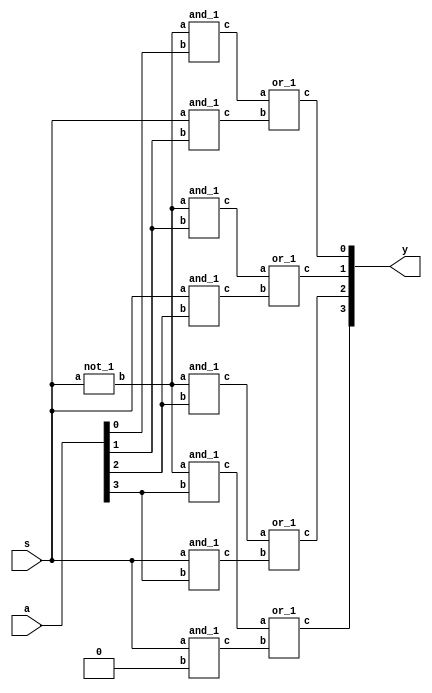
`timescale 1ns / 1ps


module sr_1(a,s,y);
input [3:0]a;
input s;
output [3:0]y;
wire r;
wire [7:0]x;
not_1 u0(s,r);
and_1 u1(r,a[0],x[0]);
and_1 u2(s,a[1],x[1]);
and_1 u3(r,a[1],x[2]);
and_1 u4(s,a[2],x[3]);
and_1 u5(r,a[2],x[4]);
and_1 u6(s,a[3],x[5]);
and_1 u7(r,a[3],x[6]);
and_1 u8(s,1'b0,x[7]);
or_1 u9(x[0],x[1],y[0]);
or_1 u10(x[2],x[3],y[1]);
or_1 u11(x[4],x[5],y[2]);
or_1 u12(x[6],x[7],y[3]);
endmodule

module and_1(a,b,c);
input a,b;
output c;
assign c=a&b;
endmodule

module or_1(a,b,c);
input a,b;
output c;
assign c=a|b;
endmodule

module not_1(a,b);
input a;
output b;
assign b=~a;
endmodule